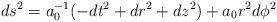
LaTeX: \begin{align*}ds^2=a_0^{-1}(-dt^2+dr^2+dz^2)+a_0r^2d\phi^2\end{align*}